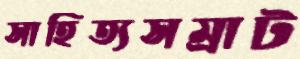
সাহিত্যসম্রাট